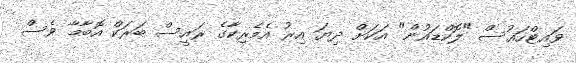
ވައިޓްހައުސް "ލޮކްޑައުން" އަކަށް ދިޔަ އިރު އެމެރިކާގެ ރައީސް ބަރަކް އޮބާމާ ވެސް